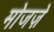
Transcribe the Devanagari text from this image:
मोजज़े